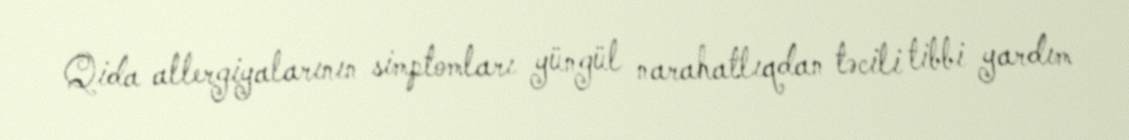
Qida allergiyalarının simptomları yüngül narahatlıqdan təcili tibbi yardım